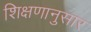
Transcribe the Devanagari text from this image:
शिक्षणानुसार